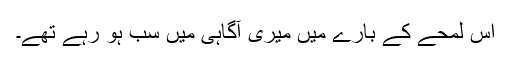
اس لمحے کے بارے میں میری آگاہی میں سب ہو رہے تھے۔